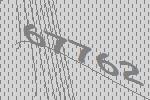
67762